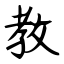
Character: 教